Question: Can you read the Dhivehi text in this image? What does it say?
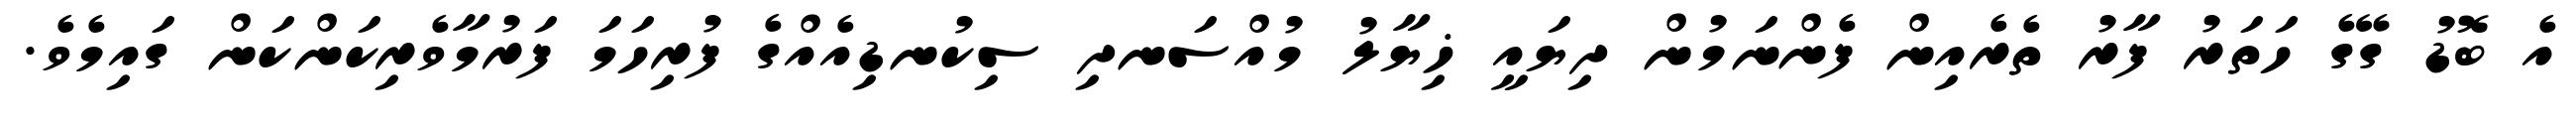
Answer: އެ ބޮޑު ގޭގެ ހަތަރު ފާރު ތެރެއިން ފެންނަމުން ދިޔައީ ޚިޔާލު މުއްސަނދި ސިކުނޑިއެއްގެ ފުރިހަމަ ފަރުމާވެރިކަންކަން ގައިމެވެ.